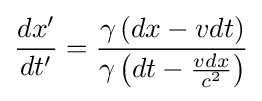
{\frac {dx'}{dt'}}={\frac {\gamma \left(dx-vdt\right)}{\gamma \left(dt-{\frac {vdx}{c^{2}}}\right)}}